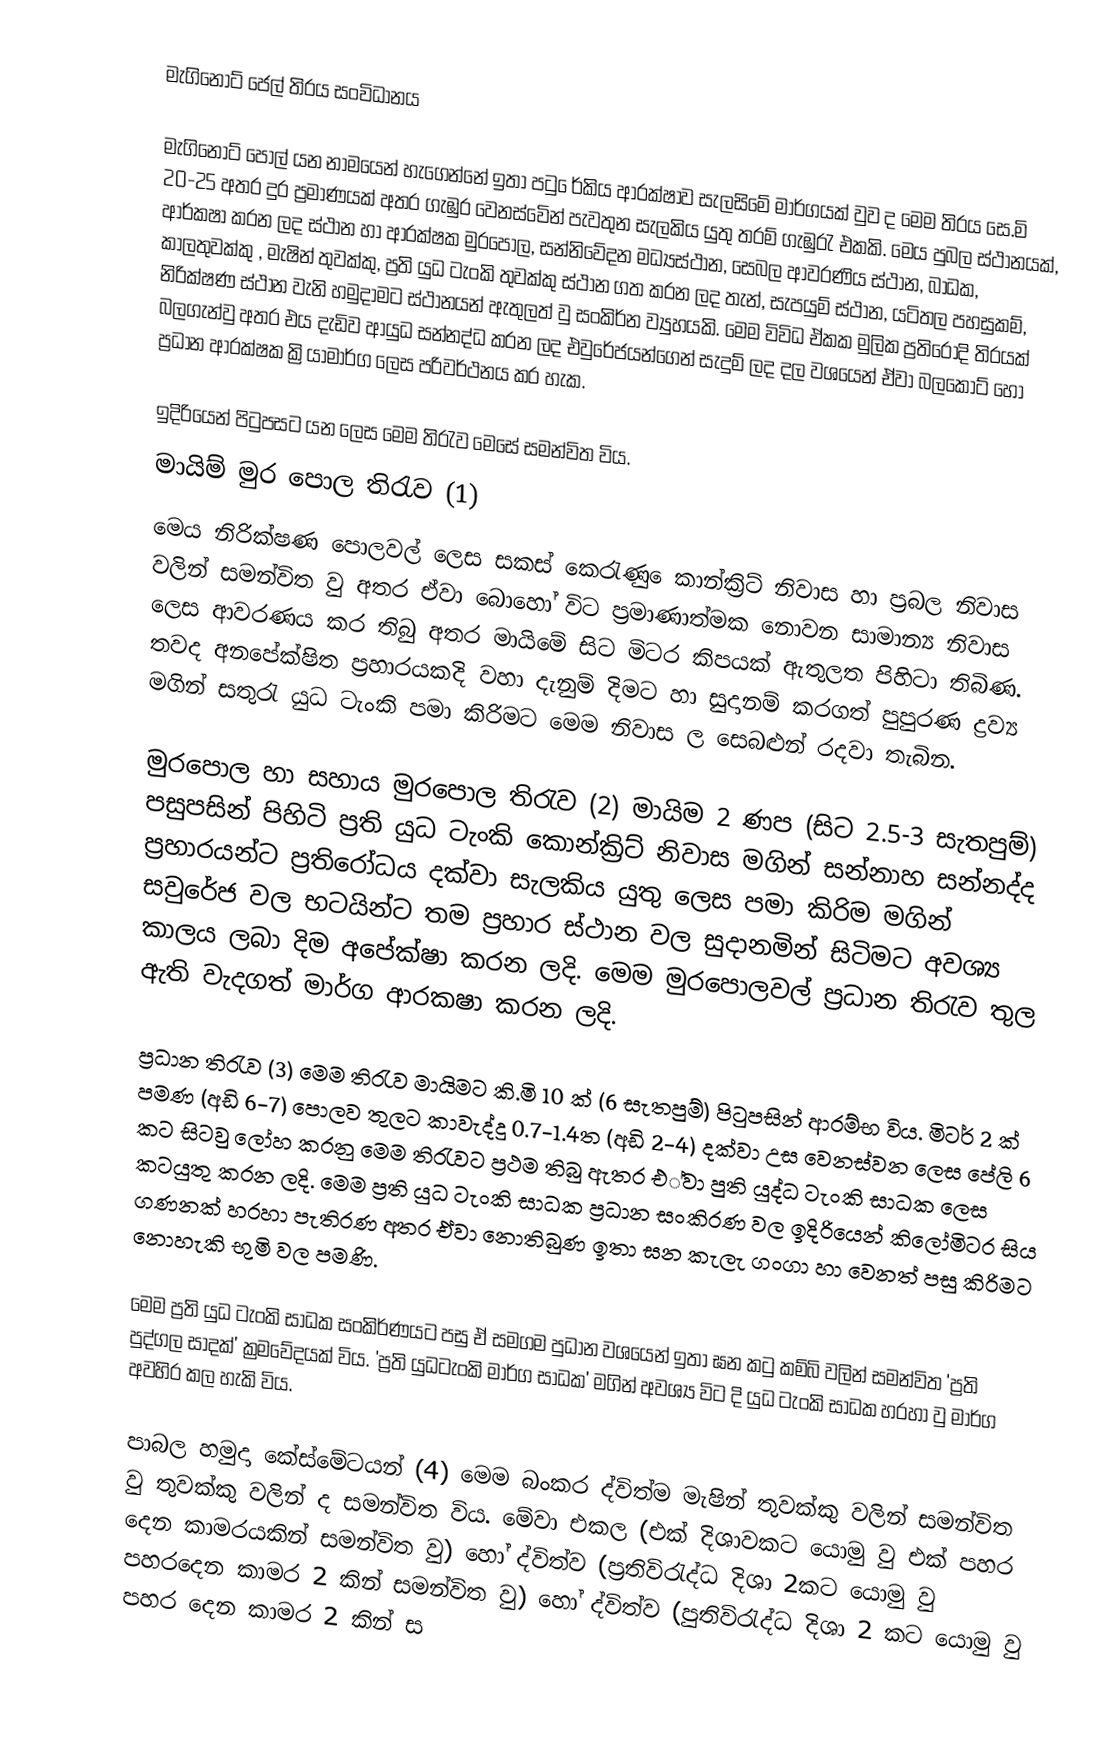
මැගිනොට් ජෙල් තිරය සංවිධානය

	මැගිනොට් පොල් යන නාමයෙන් හැගෙන්නේ ඉතා පටු ‍ෙර්කිය ආරක්ෂාව සැලසිමේ මාර්ගයක් වුව ද මෙම තිරය සෙ.මි 20-25 අතර දුර ප්‍රමාණයක් අතර ගැඹුර වෙනස්වෙින් පැවතුන සැලකිය යුතු තරම් ගැඹුරැ එකකි. මෙය පුබල ස්ථානයක්, ආර්කෂා කරන ලද ස්ථාන හා ආරක්ෂක මුරපොල, සන්නිවේදන මධ්‍යස්ථාන, සෙබල ආවරණිය ස්ථාන, බාධක, කාලතුවක්කු , මැෂින් තුවක්කු, ප්‍රති යුධ ටැංකි තුවක්කු ස්ථාන ගත කරන ලද තැන්, සැපයුම් ස්ථාන, යටිතල පහසුකම්, නිරික්ෂණ ස්ථාන වැනි හමුදා‍මට ස්ථානයන් ඇතුලත් වු සංකිර්න ව්‍යුහයකි. මෙම විවිධ ඒකක මුලික ප්‍රතිරෝදි තිරයක් බලගැන්වු අතර එය දැඩිව ආයුධ සන්නද්ධ කරන ලද එවුරේජයන්ගෙන් සැදුම් ලද දල වශයෙන් ඒවා බලකොට් හෝ ප්‍රධාන ආරක්ෂක ක්‍රියාමාර්ග ලෙස පරිවර්ථනය කර හැක.

ඉදිරියෙන් පිටුපසට යන ලෙස මෙම තිරැව මෙසේ සමන්විත විය.
මායිම් මුර පොල තිරැව (1)
මෙය නිරික්ෂණ පොලවල් ලෙස සකස් කෙරැණු ‍ෙකාන්ක්‍රිට් නිවාස හා ප්‍රබල නිවාස වලින් සමන්විත වු අතර ඒවා බොහෝ විට ප්‍රමාණාත්මක නොවන සාමාන්‍ය නිවාස ලෙස ආවරණය කර තිබු අතර මායිමේ සිට මිටර කිපයක් ඇතුලත පිහිටා තිබිණ. තවද අනපේක්ෂිත ප්‍රහාරයකදි වහා දැනුම් දිමට හා සුදානම් කරගත් පුපුරණ ද්‍රව්‍ය මගින් සතුරැ යුධ ටැංකි පමා කිරිමට මෙම නිවාස ල සෙබළුන් ‍රදවා තැබින.

මුරපොල හා සහාය මුරපොල තිරැව (2) මායිම 2 ණප (සිට 2.5-3 සැතපුම්) පසුපසින් පිහිටි ප්‍රති යුධ ටැංකි කොන්ක්‍රිට් නිවාස මගින් සන්නාහ සන්නද්ද ප්‍රහාරයන්ට ප්‍රතිරෝධය දක්වා සැලකිය යුතු ලෙස පමා කිරිම මගින් සවුරේජ වල භටයින්ට තම ප්‍රහාර ස්ථාන වල සුදානමින් සිටිමට අවශ්‍ය කාලය ලබා දිම අපේක්ෂා කරන ලදි. මෙම මුරපොලවල් ප්‍රධාන තිරැව තුල ඇති වැදගත් මාර්ග ආරකෂා කරන ලදි.

ප්‍රධාන තිරැව (3) මෙම තිරැව මායිමට කි.මි 10 ක් (6 සැතපුම්) පිටුපසින් ආරම්භ විය. මිටර් 2 ක් පමණ (අඩි 6-7) පොලව තුලට කාවැද්දු 0.7-1.4ත (අඩි 2-4) දක්වා උස වෙනස්වන ලෙස පේලි 6 කට සිටවු ලෝහ කරනු මෙම තිරැවට ප්‍රථම තිබු ඇතර එ්වා පුති යුද්ධ ටැංකි සාධක ලෙස කටයුතු කරන ලදි. මෙම ප්‍රති යුධ ටැංකි සාධක ප්‍රධාන සංකිරණ වල ඉදිරියෙන් කිලෝමිටර සිය ගණනක් හරහා පැතිරණ අතර ඒවා නොතිබුණ ඉතා ඝන කැලැ ගංගා හා වෙනත් පසු කිරිමට නොහැකි භුමි වල පමණි.

	මෙම ප්‍රති යුධ ටැංකි සාධක සංකිර්ණයට පසු ඒ සමගම පුධාන වශයෙන් ඉතා ඝන කටු කම්බි වලින් සමන්විත 'ප්‍රති පුද්ගල සාදක්‍' ක්‍රමවේදයක් විය. 'ප්‍රති යුධටැංකි මාර්ග සාධක' මගින් අවශ්‍ය විට දි යුධ ටැංකි සාධක හරහා වු මාර්ග අවහිර කල හැකි විය.

පාබල හමුදා කේස්මේටයන් (4) මෙම බංකර ද්විත්ම මැෂින් තුවක්කු වලින් සමන්විත වු තුවක්කු වලින් ද සමන්විත විය. මේවා එකල (එක් දිශාවකට යොමු වු එක් පහර දෙන කාමරයකින් සමන්විත වු) හෝ ද්විත්ව (ප්‍රතිවිරැද්ධ දිශා 2කට යොමු වු පහරදෙන කාමර 2 කින් සමන්විත වු) හෝ ද්විත්ව (පුතිවිරැද්ධ දිශා 2 කට යොමු වු පහර දෙන කාමර 2 කින් ස